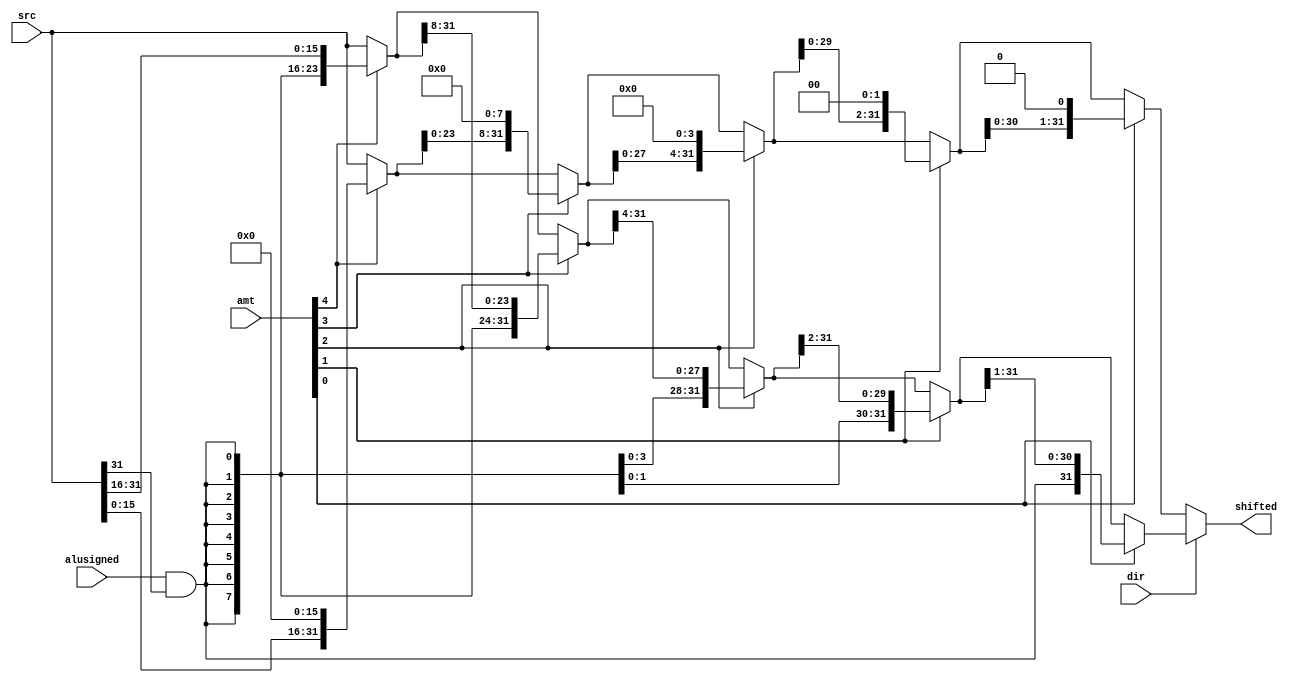
/*
  This work by Simon Moore and Gregory Chadwick is licenced under the
  Creative Commons Attribution-Non-Commercial-Share Alike 2.0
  UK: England & Wales License.

  To view a copy of this licence, visit:
     http://creativecommons.org/licenses/by-nc-sa/2.0/uk/
  or send a letter to:
     Creative Commons,
     171 Second Street,
     Suite 300,
     San Francisco,
     California 94105,
     USA.
*/
module tiger_shifter(	
				input [31:0] src,		// source data
				input [4:0] amt,		// number of bits to shift by
				input dir,				// direction to shift (0 = left; 1 = right)
				input alusigned,		// signed shift? 0 = unsigned; 1 = signed
				output [31:0] shifted	// output
);

	// fill bit for right shifts
	wire fillbit = alusigned & src[31]; 

	// do a right shift by shifting 0-5 times
	wire [31:0] right16;
	wire [31:0] right8;
	wire [31:0] right4;
	wire [31:0] right2;
	wire [31:0] right1;
	wire [31:0] right;
	
	assign right16 = amt[4] ? {{16{fillbit}} , src[31:16]}    : src;
	assign right8  = amt[3] ? {{8{fillbit}}  , right16[31:8]} : right16;
	assign right4  = amt[2] ? {{4{fillbit}}  , right8[31:4]}  : right8;
	assign right2  = amt[1] ? {{2{fillbit}}  , right4[31:2]}  : right4;
	assign right1  = amt[0] ? {{1{fillbit}}  , right2[31:1]}  : right2;

	assign right = right1;

	// do a left shift by shifting 0-5 times
	wire [31:0] left16;
	wire [31:0] left8;
	wire [31:0] left4;
	wire [31:0] left2;
	wire [31:0] left1;
	wire [31:0] left;
	
	assign left16 = amt[4] ? {src[15:0]    , 16'b0} : src;
	assign left8  = amt[3] ? {left16[23:0] , 8'b0}  : left16;
	assign left4  = amt[2] ? {left8[27:0]  , 4'b0}  : left8;
	assign left2  = amt[1] ? {left4[29:0]  , 2'b0}  : left4;
	assign left1  = amt[0] ? {left2[30:0]  , 1'b0}  : left2;

	assign left = left1;
	
	// select the correct shift output
	assign shifted = dir ? right : left;
endmodule